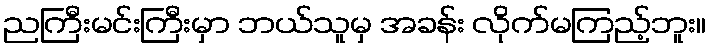
ညကြီးမင်းကြီးမှာ ဘယ်သူမှ အခန်း လိုက်မကြည့်ဘူး။